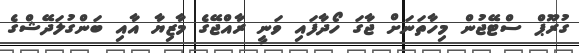
ގުރޫޕް ސްޓޭޖުން މިހާތަނަށް ޖާގަ ހޯދާފައި ވަނީ ރާއްޖޭގެ މާޒިޔާ އާއި ބަންގުލަދޭޝްގެ